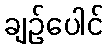
ချဉ်ပေါင်